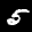
Label: 5